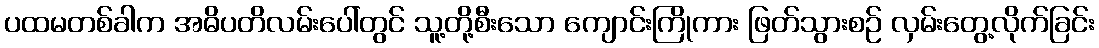
ပထမတစ်ခါက အဓိပတိလမ်းပေါ်တွင် သူ့တို့စီးသော ကျောင်းကြိုကား ဖြတ်သွားစဉ် လှမ်းတွေ့လိုက်ခြင်း